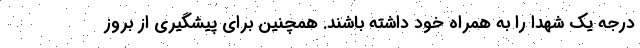
درجه یک شهدا را به همراه خود داشته باشند. همچنین برای پیشگیری از بروز